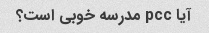
آیا pcc مدرسه خوبی است؟